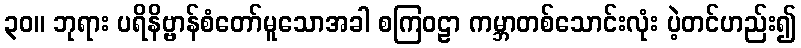
၃၀။ ဘုရား ပရိနိဗ္ဗာန်စံတော်မူသောအခါ စကြဝဠာ ကမ္ဘာတစ်သောင်းလုံး ပဲ့တင်ဟည်း၍